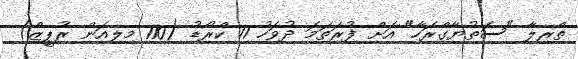
ތްރިލާ "ސަތުޔާގްރަހާ" އަށް ފުރަތަމަ ދުވަހު 11 ކްރޯޑު (110 މިލިއަން ރުޕީޒް)